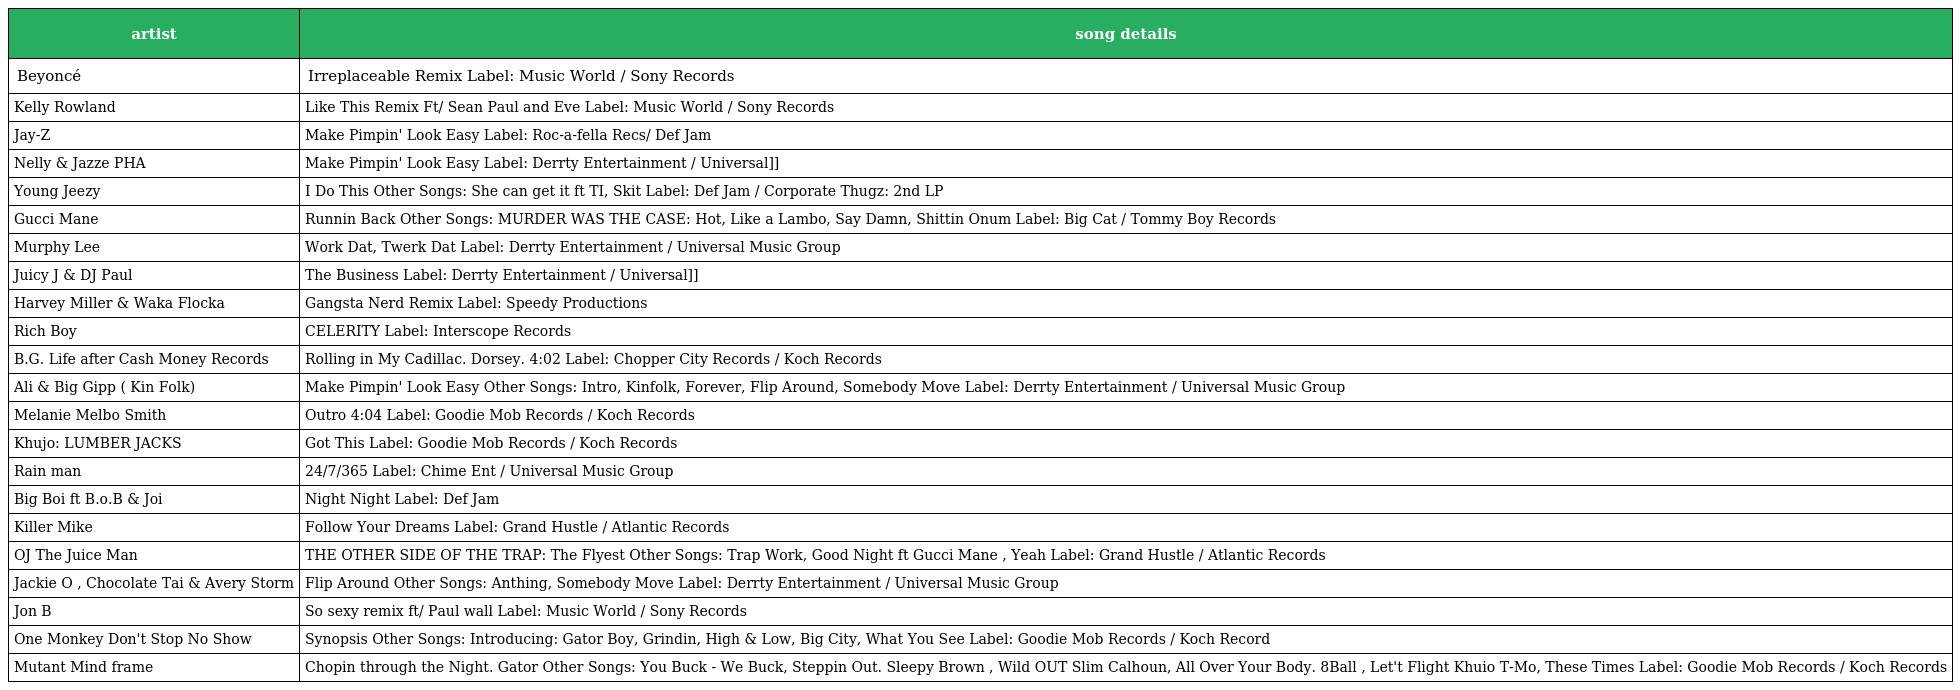
| artist | song details |
 | --- | --- |
 | Beyoncé | Irreplaceable Remix Label: Music World / Sony Records |
 | Kelly Rowland | Like This Remix Ft/ Sean Paul and Eve Label: Music World / Sony Records |
 | Jay-Z | Make Pimpin' Look Easy Label: Roc-a-fella Recs/ Def Jam |
 | Nelly & Jazze PHA | Make Pimpin' Look Easy Label: Derrty Entertainment / Universal]] |
 | Young Jeezy | I Do This Other Songs: She can get it ft TI, Skit Label: Def Jam / Corporate Thugz: 2nd LP |
 | Gucci Mane | Runnin Back Other Songs: MURDER WAS THE CASE: Hot, Like a Lambo, Say Damn, Shittin Onum Label: Big Cat / Tommy Boy Records |
 | Murphy Lee | Work Dat, Twerk Dat Label: Derrty Entertainment / Universal Music Group |
 | Juicy J & DJ Paul | The Business Label: Derrty Entertainment / Universal]] |
 | Harvey Miller & Waka Flocka | Gangsta Nerd Remix Label: Speedy Productions |
 | Rich Boy | CELERITY Label: Interscope Records |
 | B.G. Life after Cash Money Records | Rolling in My Cadillac. Dorsey. 4:02 Label: Chopper City Records / Koch Records |
 | Ali & Big Gipp ( Kin Folk) | Make Pimpin' Look Easy Other Songs: Intro, Kinfolk, Forever, Flip Around, Somebody Move Label: Derrty Entertainment / Universal Music Group |
 | Melanie Melbo Smith | Outro 4:04 Label: Goodie Mob Records / Koch Records |
 | Khujo: LUMBER JACKS | Got This Label: Goodie Mob Records / Koch Records |
 | Rain man | 24/7/365 Label: Chime Ent / Universal Music Group |
 | Big Boi ft B.o.B & Joi | Night Night Label: Def Jam |
 | Killer Mike | Follow Your Dreams Label: Grand Hustle / Atlantic Records |
 | OJ The Juice Man | THE OTHER SIDE OF THE TRAP: The Flyest Other Songs: Trap Work, Good Night ft Gucci Mane , Yeah Label: Grand Hustle / Atlantic Records |
 | Jackie O , Chocolate Tai & Avery Storm | Flip Around Other Songs: Anthing, Somebody Move Label: Derrty Entertainment / Universal Music Group |
 | Jon B | So sexy remix ft/ Paul wall Label: Music World / Sony Records |
 | One Monkey Don't Stop No Show | Synopsis Other Songs: Introducing: Gator Boy, Grindin, High & Low, Big City, What You See Label: Goodie Mob Records / Koch Record |
 | Mutant Mind frame | Chopin through the Night. Gator Other Songs: You Buck - We Buck, Steppin Out. Sleepy Brown , Wild OUT Slim Calhoun, All Over Your Body. 8Ball , Let't Flight Khuio T-Mo, These Times Label: Goodie Mob Records / Koch Records |